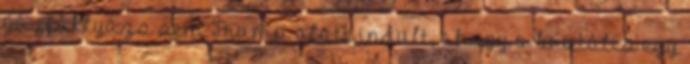
gázfáklyázs sem Trump alatt indult, ahogy a brutális egy